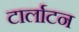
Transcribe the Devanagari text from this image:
टार्लाटन